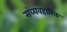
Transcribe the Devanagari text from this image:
संव्यवहारिक